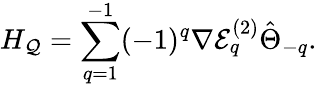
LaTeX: H_{\mathcal{Q}}=\sum_{q=1}^{-1}(-1)^{q}\nabla\mathcal{E}_{q}^{(2)}\hat{\Theta}_{-q}.